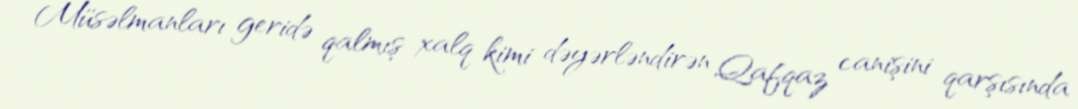
Müsəlmanları geridə qalmış xalq kimi dəyərləndirən Qafqaz canişini qarşısında